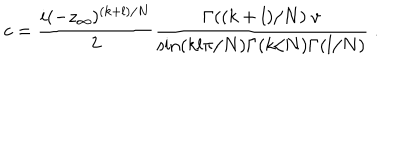
c = { \frac { i ( - z _ { \infty } ) ^ { ( k + l ) / N } } { 2 } } { \frac { \Gamma ( ( k + l ) / N ) ~ v } { \sin ( k l \pi / N ) \Gamma ( k / N ) \Gamma ( l / N ) } } \; .